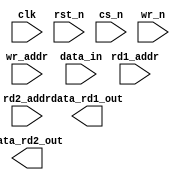
module DW_ram_2r_w_s_dff (clk, rst_n, cs_n, wr_n, rd1_addr, rd2_addr, 
        wr_addr, data_in, data_rd1_out, data_rd2_out);

  // parameter data_width = 4;
  // parameter depth = 8;
  // parameter rst_mode = 1;
  parameter data_width = 32;
  parameter depth = 32;
  parameter rst_mode = 0;

`define DW_addr_width ((depth>256)?((depth>4096)?((depth>16384)?((depth>32768)?16:15):((depth>8192)?14:13)):((depth>1024)?((depth>2048)?12:11):((depth>512)?10:9))):((depth>16)?((depth>64)?((depth>128)?8:7):((depth>32)?6:5)):((depth>4)?((depth>8)?4:3):((depth>2)?2:1))))
// (((depth>256)  ?((depth>4096) ?((depth>16384) ?((depth>32768) ?16
//                                                               :15))
//                                               :((depth>8192)  ?14
//                                                               :13))
//                               :((depth>1024)  ?((depth>2048)  ?12
//                                                               :11)
//                                               :((depth>512)   ?10
//                                                               :9)))
//                 :((depth>16)  ?((depth>64)    ?((depth>128)   ?8
//                                                               :7)
//                                               :((depth>32)    ?6
//                                                               :5))
//                               :((depth>4)     ?((depth>8)     ?4
//                                                               :3)
//                                               :((depth>2)     ?2
//                                                               :1))))

  input [data_width-1:0]     data_in;
  input [`DW_addr_width-1:0] rd1_addr;
  input [`DW_addr_width-1:0] rd2_addr;
  input [`DW_addr_width-1:0] wr_addr;
  input           		       wr_n;
  input 		                 rst_n;
  input 		                 cs_n; 
  input 		                 clk;

  output [data_width-1:0] data_rd1_out;
  output [data_width-1:0] data_rd2_out;

// synopsys translate_off
  wire [data_width-1:0]           data_in;
  reg [depth*data_width-1:0]      next_mem;
  reg [depth*data_width-1:0]      mem;
  wire [depth*data_width-1:0]     mem_mux1;
  wire [depth*data_width-1:0]     mem_mux2;
  wire 		                        a_rst_n;
  

  

  initial begin : parameter_check
      integer  param_err_flg;
              param_err_flg = 0;

      if ( (data_width < 1) || (data_width > 2048) ) begin
        param_err_flg = 1;
        $display( 
            "ERROR: %m :\\\\\\\\\\\\\\\\\\\\\\\\\\\\\\\\n  Invalid value (%d) for parameter data_width (legal range: 1 to 2048)", 
            data_width 
        );
      end

      if ( (depth < 2) || (depth > 1024 ) ) begin
        param_err_flg = 1;
        $display(
            "ERROR: %m :\\\\\\\\\\\\\\\\\\\\\\\\\\\\\\\\n  Invalid value (%d) for parameter depth (legal range: 2 to 1024 )",
            depth 
        );
      end

      if ( (rst_mode < 0) || (rst_mode > 1 ) ) begin
        param_err_flg = 1;
        $display( 
            "ERROR: %m :\\\\\\\\\\\\\\\\\\\\\\\\\\\\\\\\n  Invalid value (%d) for parameter rst_mode (legal range: 0 to 1 )",
            rst_mode 
        );
      end


      if ( param_err_flg == 1) begin
        $display(
            "%m :\\\\\\\\\\\\\\\\\\\\\\\\\\\\\\\\n  Simulation aborted due to invalid parameter value(s)"
        );
        $finish;
      end

  end // parameter_check
  
  assign mem_mux1 = mem >> (rd1_addr * data_width);

  assign data_rd1_out = 
      ((rd1_addr ^ rd1_addr) !== {`DW_addr_width{1'b0}})? {data_width{1'bx}} 
                                                        : ( (rd1_addr >= depth)? {data_width{1'b0}} 
                                                                                : mem_mux1[data_width-1 : 0] );
  
  assign mem_mux2 = mem >> (rd2_addr * data_width);

  assign data_rd2_out = 
      ((rd2_addr ^ rd2_addr) !== {`DW_addr_width{1'b0}})? {data_width{1'bx}} 
                                                        : ( (rd2_addr >= depth)? {data_width{1'b0}} 
                                                                                : mem_mux2[data_width-1 : 0] );
  
  assign a_rst_n = (rst_mode == 0)? rst_n : 1'b1;

  always @ (posedge clk or negedge a_rst_n) begin : registers
      integer i, j;
      next_mem = mem;

      if ((cs_n | wr_n) !== 1'b1) begin
        if ((wr_addr ^ wr_addr) !== {`DW_addr_width{1'b0}}) begin
            next_mem = {depth*data_width{1'bx}};	
        end else begin
            if ((wr_addr < depth) && ((wr_n | cs_n) !== 1'b1)) begin
              for (i=0 ; i < data_width ; i=i+1) begin
                  j = wr_addr*data_width + i;
                  next_mem[j] = ((wr_n | cs_n) == 1'b0)? data_in[i] | 1'b0
                                                      : mem[j];
              end // for
            end // if
        end // if-else
      end // if   
  
  
      if (rst_n === 1'b0) begin
        mem <= {depth*data_width{1'b0}};
      end else begin
        if ( rst_n === 1'b1) begin
            mem <= next_mem;
        end else begin
            mem <= {depth*data_width{1'bX}};
        end
      end
  end // registers
  
  
  always @ (clk) begin : clk_monitor 
      if ( (clk !== 1'b0) && (clk !== 1'b1) && ($time > 0) )
        $display(
            "WARNING: %m :\\\\\\\\\\\\\\\\\\\\\\\\\\\\\\\\n  at time = %t, detected unknown value, %b, on clk input.",
            $time, clk 
        );
  end // clk_monitor 

// synopsys translate_on

`undef DW_addr_width
endmodule